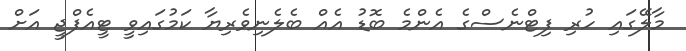
މާލޭގައި ހުރި ފިޓްނެސްގެ އެންމެ ބޮޑު އެއް ބެލެނިވެރިޔާ ކަމުގައިވީ ޓީއެފްޖީ އަށް